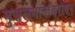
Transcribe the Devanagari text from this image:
मुसलमानांबरोबर